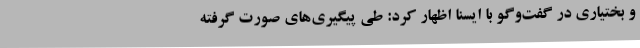
و بختیاری در گفت‌وگو با ایسنا اظهار کرد: طی پیگیری‌های صورت گرفته